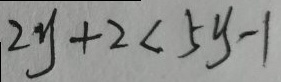
2 y + 2 < 5 y - 1